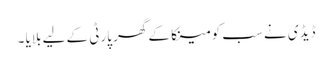
ڈیڈی نے سب کو مینکا کے گھر پارٹی کے لیے بلایا ۔